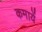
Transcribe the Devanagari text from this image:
कमायें